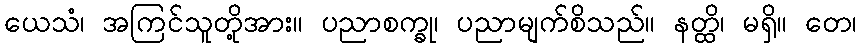
ယေသံ၊ အကြင်သူတို့အား။ ပညာစက္ခု၊ ပညာမျက်စိသည်။ နတ္ထိ၊ မရှိ။ တေ၊